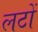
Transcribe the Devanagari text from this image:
लटों